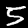
Label: 5